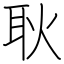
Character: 耿